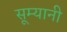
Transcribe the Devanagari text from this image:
सूम्‍यानी